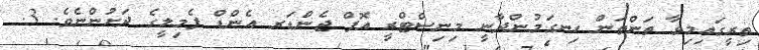
ތިރީގައިމިވާ ތަންތަން ހިނގަމުންދާނީ މިނިސްޓްރީ އޮފް ޖެންޑަރ އެންޑް ފެމިލީގެ ދަށުންނެވެ. 3.